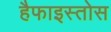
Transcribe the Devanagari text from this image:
हैफाइस्तोस